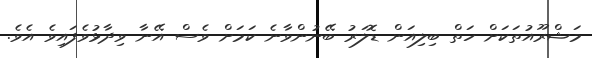
މަޝްރޫއުތަކަށް ހަތް ބިލިއަން ޑޮލަރު ބޭނުންވާނެ ކަމަށް ވެސް އޭނާ ވިދާޅުވެފައިވެ އެވެ.